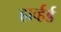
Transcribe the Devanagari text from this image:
हार्व्हर्ड